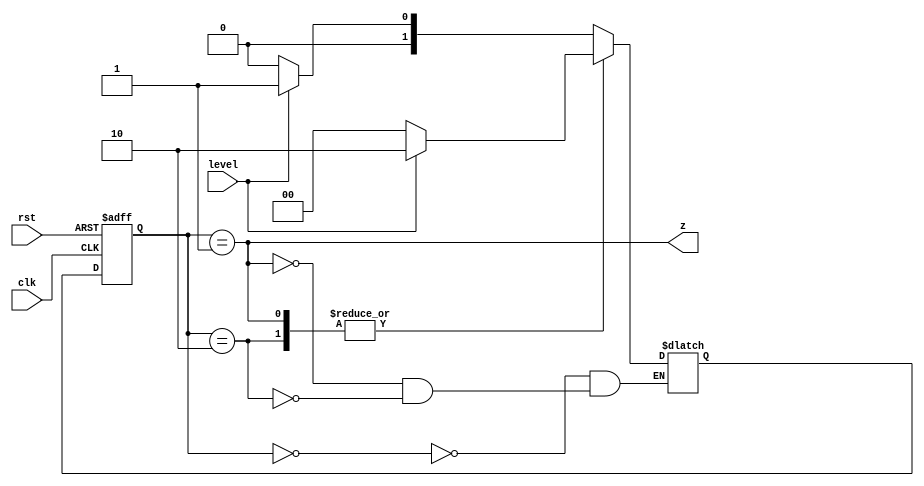
module risingEdge(input clk, rst, level, output z);
    reg [1:0] state, nextState;
    parameter [1:0] A=2'b00, B=2'b01, C=2'b10;
    //A is zero, B is edg, and C is one
    always @ (level or state)
    case (state)
    A: if (level) nextState = B;
    else nextState = A;
    B: if (level) nextState = C;
    else nextState = A;
    C: if (level) nextState = C;
    else nextState = A;
    endcase
    always @ (posedge clk or posedge rst) begin
    if(rst)
    state <= A;
    else
    state <= nextState;
    end
    assign z = (state == B); // output generation
endmodule